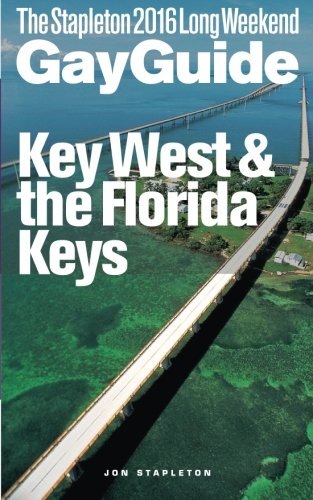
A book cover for KEY WEST & THE FLORIDA KEYS - The Stapleton 2016 Long Weekend Gay Guide (Stapleton Gay Guides); Jon Stapleton; Gay & Lesbian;